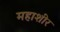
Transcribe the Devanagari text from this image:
महाशीर